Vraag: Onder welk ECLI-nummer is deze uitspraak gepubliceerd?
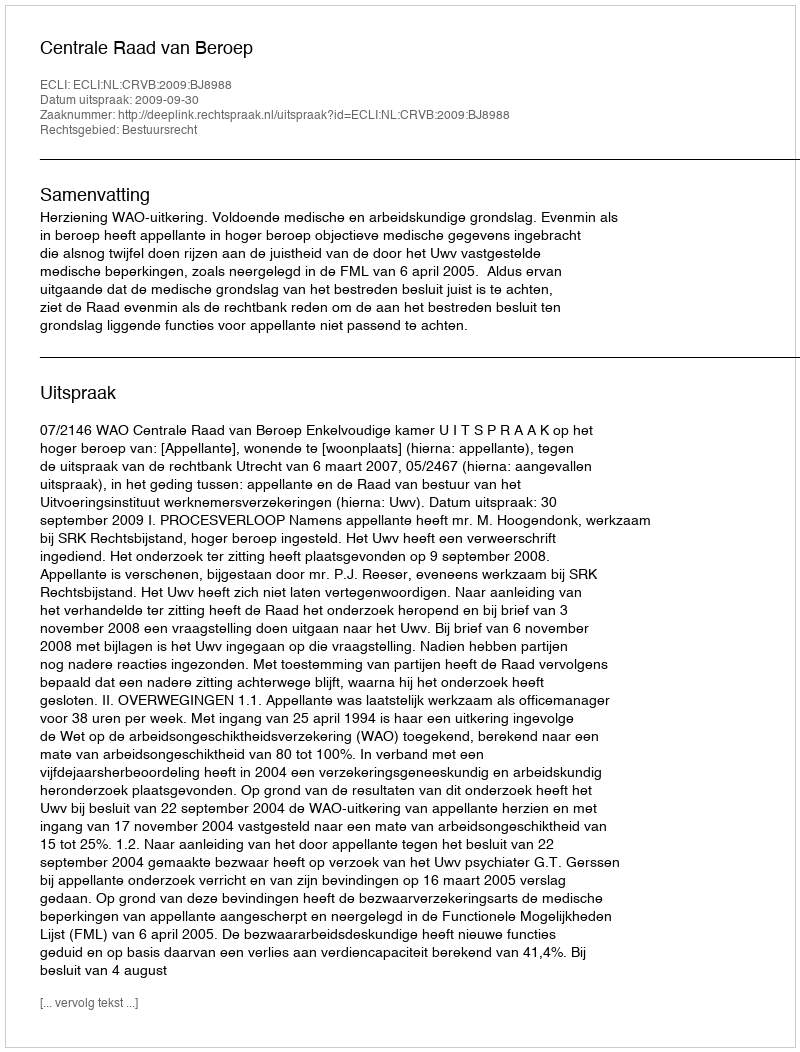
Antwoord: ECLI:NL:CRVB:2009:BJ8988